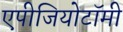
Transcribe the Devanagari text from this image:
एपीजियोटॉमी